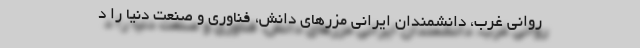
روانی غرب، دانشمندان ایرانی مزر‌های دانش، فناوری و صنعت دنیا را د